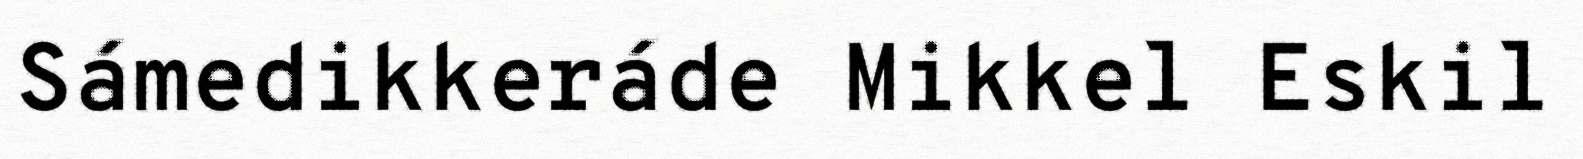
Sámedikkeráde Mikkel Eskil